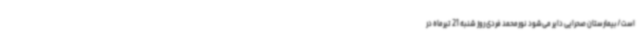
است/بیمارستان صحرایی دایر می‌شود نورمحمد فردی روز شنبه 21 تیرماه در